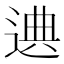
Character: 𰻁